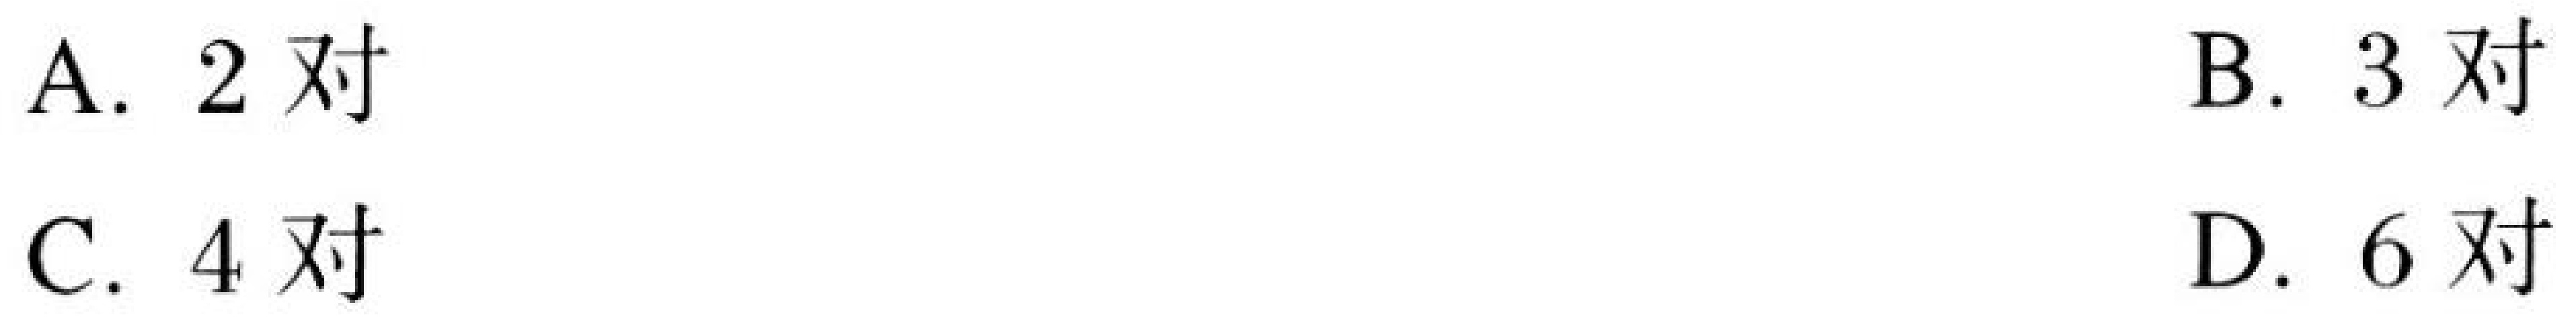
A. \(2\)对
B. \(3\)对
C. \(4\)对
D. \(6\)对